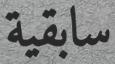
سابقية